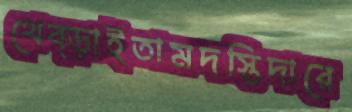
থেব্‌ড়াইতামদস্তিদারে